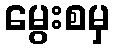
မွေးစမှ